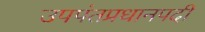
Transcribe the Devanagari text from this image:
उपपंतप्रधानपदी